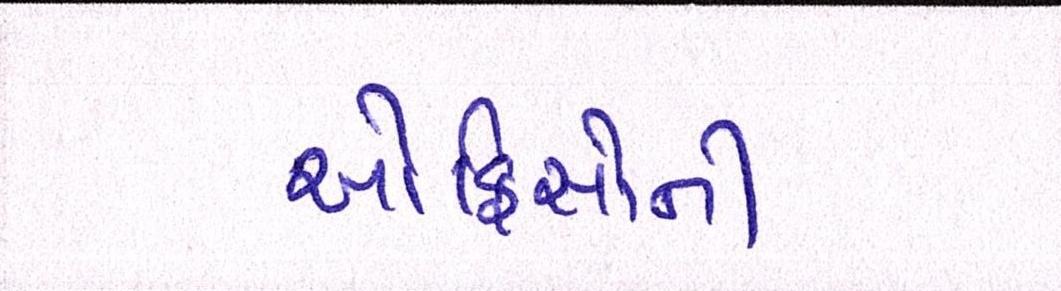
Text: ઓફિસોની